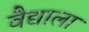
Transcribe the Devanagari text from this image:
वैद्याला